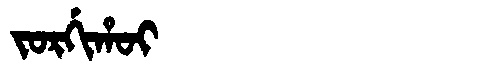
Manchu: ᠵᠣᡵᡤᡳᡥᠣᡳ
Romanization: JORGIHOI